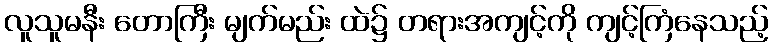
လူသူမနီး တောကြီး မျက်မည်း ထဲ၌ တရားအကျင့်ကို ကျင့်ကြံနေသည့်